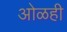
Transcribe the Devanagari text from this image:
ओळही